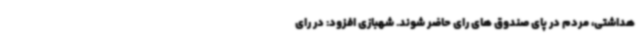
هداشتی، مردم در پای صندوق های رای حاضر شوند. شهبازی افزود: در رای